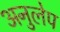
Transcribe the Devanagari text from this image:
अनुलेप